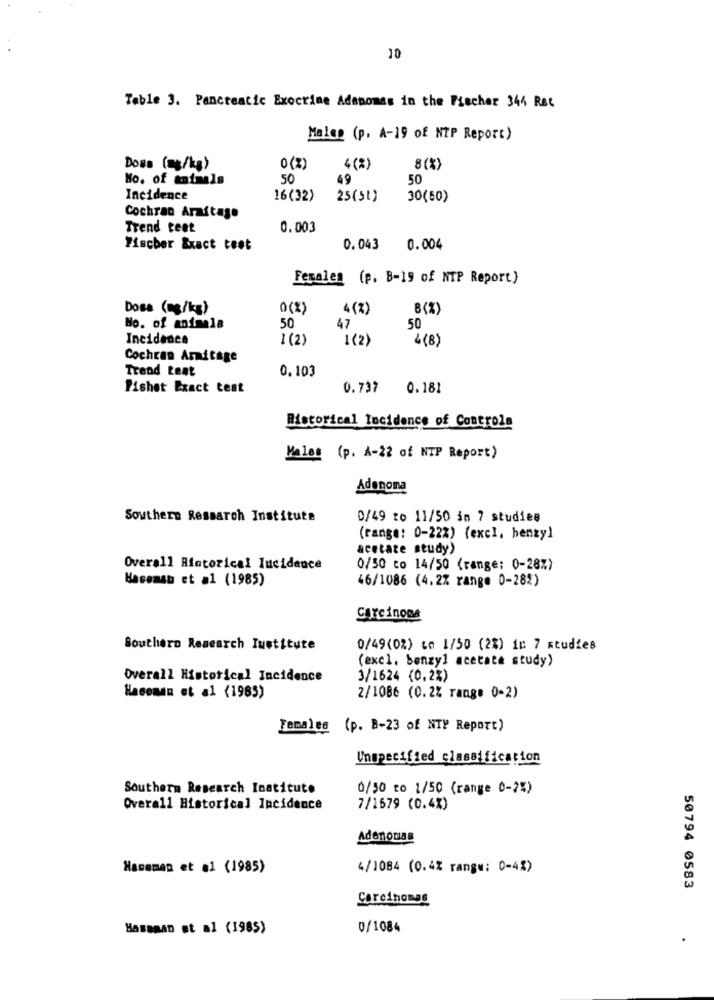
10
Table 3. Pancreatic Exocrine Adenomas in the Pischer 344 Rec
Maleo (p. A-19 of NIP Report)
Dons (mg/kg)
0 (*)
4 (%)
8 (%)
No. of animals
50
49
50
Incidence
16(32)
25(51)
30(60)
Cochran Araitage
Trend teet
0.003
Fischer &xact test
0.043
0.004
Females (p. B-19 of NTP Report)
Dosa (mg/kg)
0(%)
4 (%)
B(%)
No. of animals
50
47
50
Incidence
1 (2)
1 (2)
4(8)
Cochran Armitage
Trend Lent
0. 103
Pishet Exact test
0.737
0.18
Historical Incidence of Controls
Males (p. A-22 of NIP Report)
Adenoma
Southern Ressarch Institute
0/49 to 11/50 án 7 studies
(range: 0-22%) (excl, benzyl
acetate study)
Overall Biatorical Incidence
0/50 co 14/50 (range: 0-28%)
Hasemsu et al (1985)
46/1086 (4.2% range 0-28%)
Coreinons
Southern Research Institute
0/49(0%) to 1/50 (2%) 1: 7 studies
(excl, benzyl acetate study)
Overall Historical Incidence
3/1624 (0.2%)
Haceman et al (1985)
2/1086 (0.2% range 0-2)
Females (p. B-23 of NTP Report)
Unspecified classification
Southern Research Institute
0/50 to 1/50 (range 0-2%)
Overall Historical Incidence
7/1679 (0.4%)
Adenomas
Hacemen et al (1985)
4/1084 (0.4% range: 0-4%)
50794 0583
Carcinomas
Bamaman et al (1985)
0/1084
.